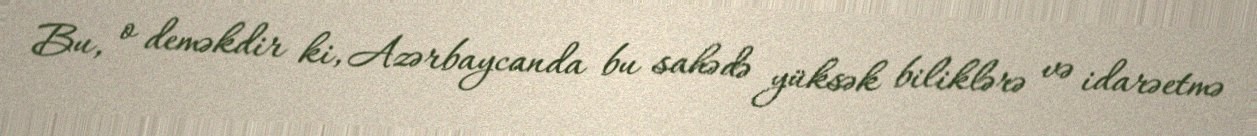
Bu, o deməkdir ki, Azərbaycanda bu sahədə yüksək biliklərə və idarəetmə